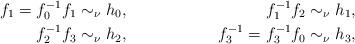
LaTeX: \begin{align*}f_1=f_0^{-1}f_1 &\sim_\nu h_0,&f_1^{-1}f_2 &\sim_\nu h_1,\\f_2^{-1}f_3 &\sim_\nu h_2, &f_3^{-1}=f_3^{-1}f_0 &\sim_\nu h_3,\end{align*}